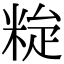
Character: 𥹼